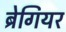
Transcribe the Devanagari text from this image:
ब्रेगियर